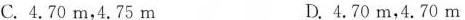
C.4.70m，4.75m D.4.70m，4.70m